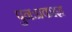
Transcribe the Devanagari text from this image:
पुनःप्रकाश